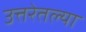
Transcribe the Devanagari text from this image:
उत्तरेतल्या